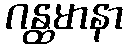
ဂန္ထမာနာ